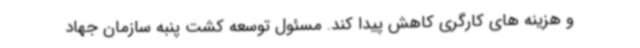
و هزینه های کارگری کاهش پیدا کند. مسئول توسعه کشت پنبه سازمان جهاد